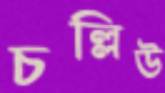
চল্লিউ